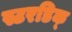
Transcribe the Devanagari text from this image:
स्टरडिक्